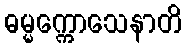
ဓမ္မက္ကောသေနာတိ